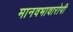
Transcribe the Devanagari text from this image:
मानवभावारोपी